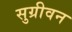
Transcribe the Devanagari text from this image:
सुग्रीवन